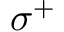
\sigma ^ { + }